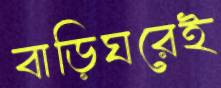
বাড়িঘরেই